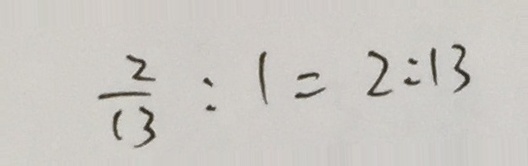
\frac { 2 } { 1 3 } : 1 = 2 : 1 3